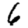
Digit: 6